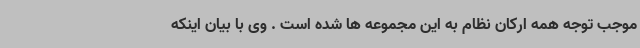
موجب توجه همه ارکان نظام به این مجموعه ها شده است . وی با بیان اینکه